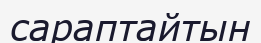
сараптайтын